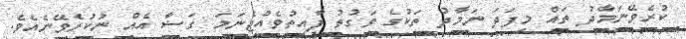
ކުރެވޭނަމާދު ތައް މިފަދަ ނަމާދު ތަކުގެ ވަގުތު ފާއިތުވެއްޖެނަމަ ގަޟާ އެއް ނުކުރެވޭނެއެވެ.